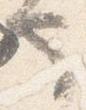
也